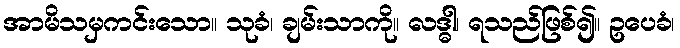
အာမိသမှကင်းသော။ သုခံ၊ ချမ်းသာကို။ လဒ္ဓါ၊ ရသည်ဖြစ်၍။ ဥပေခံ၊